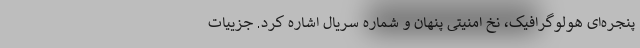
پنجره‌ای هولوگرافیک، نخ امنیتی پنهان و شماره سریال اشاره کرد. جزییات